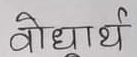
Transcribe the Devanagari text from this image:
बोधार्थ